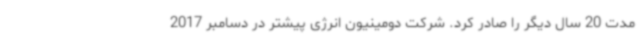
مدت 20 سال دیگر را صادر کرد. شرکت دومینیون انرژی پیشتر در دسامبر 2017